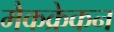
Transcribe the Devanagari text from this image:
मैकक्रेकन